Black-water fever - Number 35
Disease focus: Fever
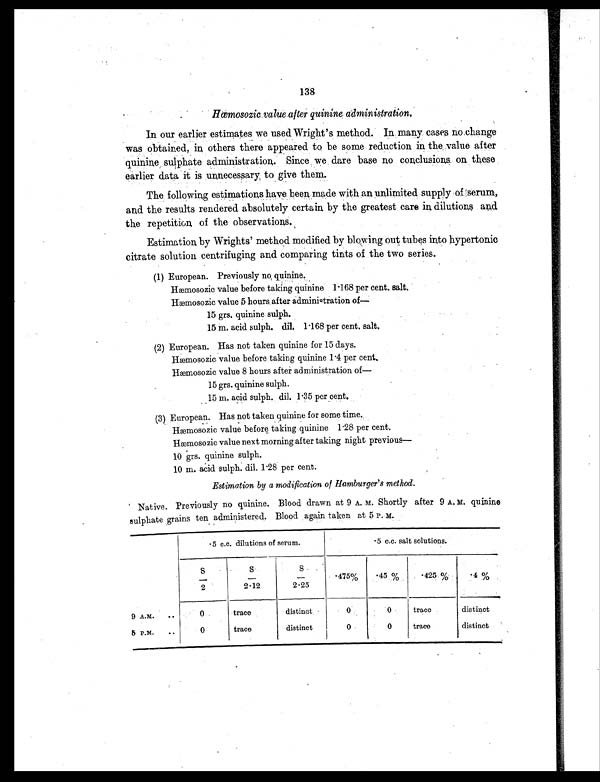
138
Hœmosozic value after quinine administration.
In our earlier estimates we used Wright's method. In many cases no change
was obtained, in others there appeared to be some reduction in the .value after
quinine sulphate administration. Since we dare base no conclusions on these
earlier data it is unnecessary, to give them.
The following estimations have been made with an unlimited supply of serum,
and the results rendered absolutely certain by the greatest care in dilutions and
the repetition of the observations.
Estimation by Wrights' method modified by blowing out tubes into hypertonic
citrate solution centrifuging and comparing tints of the two series.
(1) European. Previously no quinine.
Hæmosozic value before taking quinine 1.168 per cent. salt.
H æ m o s o z i c v a l u e 5 h o u r s a f t e r a d m i n i s t r a t i o n
15 grs. quinine sulph.
15 m. acid sulph. dil. 1.168 per cent. salt.
(2) European. Has not taken quinine for 15 days.
H æ m o s o z i c v a l u e b e f o r e t a k i n g q u i n i n e 1 . 4 p e r c e n t .
Hæmosozic value 8 hours after administration of-
15 grs. quinine sulph.
15 m. acid sulph. dil. 1.35 per cent.
(3) Eur opean. Has not t aken qui ni ne f or some t i me.
H æ m o s o z i c v a l u e b e f o r e t a k i n g q u i n i n e 1 . 2 8 p e r c e n t .
Hæmosozic value next morning after taking night previous-
10 grs. quinine sulph.
10 m. acid sulph. dil. 1.28 per cent.
Estimation by a modification of Hamburger's method.
Native. Previously no quinine. Blood drawn at 9 A.M. Shortly after 9 A. M. quinine
sulphate grains ten administered. Blood again taken at 5 P. M.
.5 c.c. dilutions of serum.
. 5 c . c . s a l t s o l u t i o n s .
S / 2
S
/ 2 . 1 2
S
/ 2 . 2 5
.475%
.45%
.425%
.4%
9 A.M.
. .
0
trace
distinct
0
0
trace
distinct
5 P.M. ..
0
trace
distinct
0
0
trace
distinct